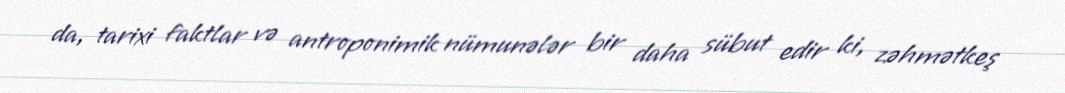
da, tarixi faktlar və antroponimik nümunələr bir daha sübut edir ki, zəhmətkeş